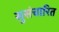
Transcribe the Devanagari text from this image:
सुसंचारित